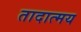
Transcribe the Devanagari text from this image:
तादात्मय